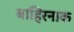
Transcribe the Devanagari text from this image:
बाहिरनाक